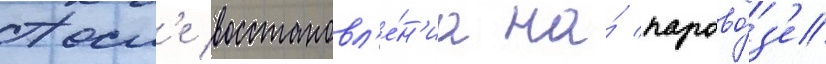
Посл'е восстановл'е́н'иа на́ парово́з'е